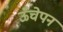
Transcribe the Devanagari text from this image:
ऊँचेपन